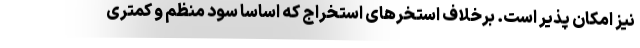
نیز امکان پذیر است. برخلاف استخرهای استخراج که اساسا سود منظم و کمتری